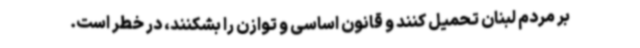
بر مردم لبنان تحمیل کنند و قانون اساسی و توازن را بشکنند، در خطر است.